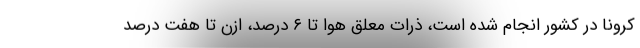
کرونا در کشور انجام شده است، ذرات معلق هوا تا ۶ درصد، ازن تا هفت درصد